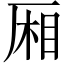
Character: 厢